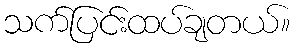
သက်ပြင်းထပ်ချတယ်။